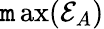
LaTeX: \operatorname*{\mathtt{m}ax}({\mathcal{{E}}_{A}})